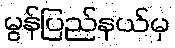
မွန်ပြည်နယ်မှ